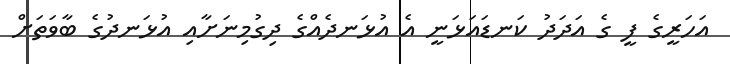
އަހަރީގެ ފީ ގެ އަދަދު ކަނޑައަޅަނީ އެ އުޅަނދެއްގެ ދިގުމިނަށާއި އުޅަނދުގެ ބާވަތަށް